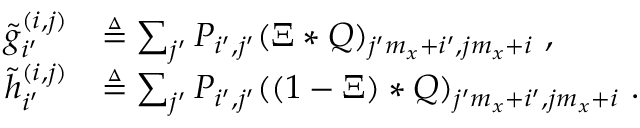
\begin{array} { r l } { { \Tilde { g } ^ { ( i , j ) } } _ { i ^ { \prime } } } & { \triangleq \sum _ { j ^ { \prime } } P _ { i ^ { \prime } , j ^ { \prime } } ( \Xi * Q ) _ { j ^ { \prime } m _ { x } + i ^ { \prime } , j m _ { x } + i } ~ , } \\ { { \Tilde { h } ^ { ( i , j ) } } _ { i ^ { \prime } } } & { \triangleq \sum _ { j ^ { \prime } } P _ { i ^ { \prime } , j ^ { \prime } } ( ( 1 - \Xi ) * Q ) _ { j ^ { \prime } m _ { x } + i ^ { \prime } , j m _ { x } + i } ~ . } \end{array}